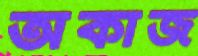
অকাজ